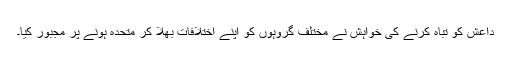
داعش کو تباہ کرنے کی خواہش نے مختلف گروہوں کو اپنے اختلافات بھلا کر متحدہ ہونے پر مجبور کیا۔